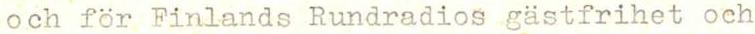
och för Finlands Rundradios gästfrihet och